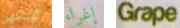
التكهن إغراء Grape